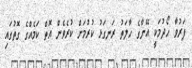
ފަރުވާ ހޯދުމަކީ އޭނާގެ ހާލަތު ރަނގަޅު ކުރުމަށް ކުރެވެން އޮތް ކަމެއްގެ ގޮތުގައި